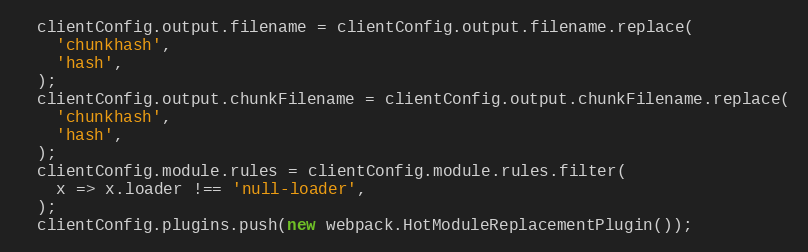
Language: JavaScript
  clientConfig.output.filename = clientConfig.output.filename.replace(
    'chunkhash',
    'hash',
  );
  clientConfig.output.chunkFilename = clientConfig.output.chunkFilename.replace(
    'chunkhash',
    'hash',
  );
  clientConfig.module.rules = clientConfig.module.rules.filter(
    x => x.loader !== 'null-loader',
  );
  clientConfig.plugins.push(new webpack.HotModuleReplacementPlugin());